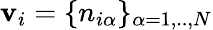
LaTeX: \mathbf{v}_{i}=\{ n_{i\alpha}\} _{\alpha=1,..,N}